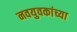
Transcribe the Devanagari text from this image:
नवयुवकांच्या